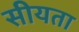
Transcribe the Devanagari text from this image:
सीयता